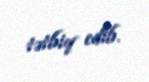
tətbiq edib.